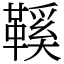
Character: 鞵